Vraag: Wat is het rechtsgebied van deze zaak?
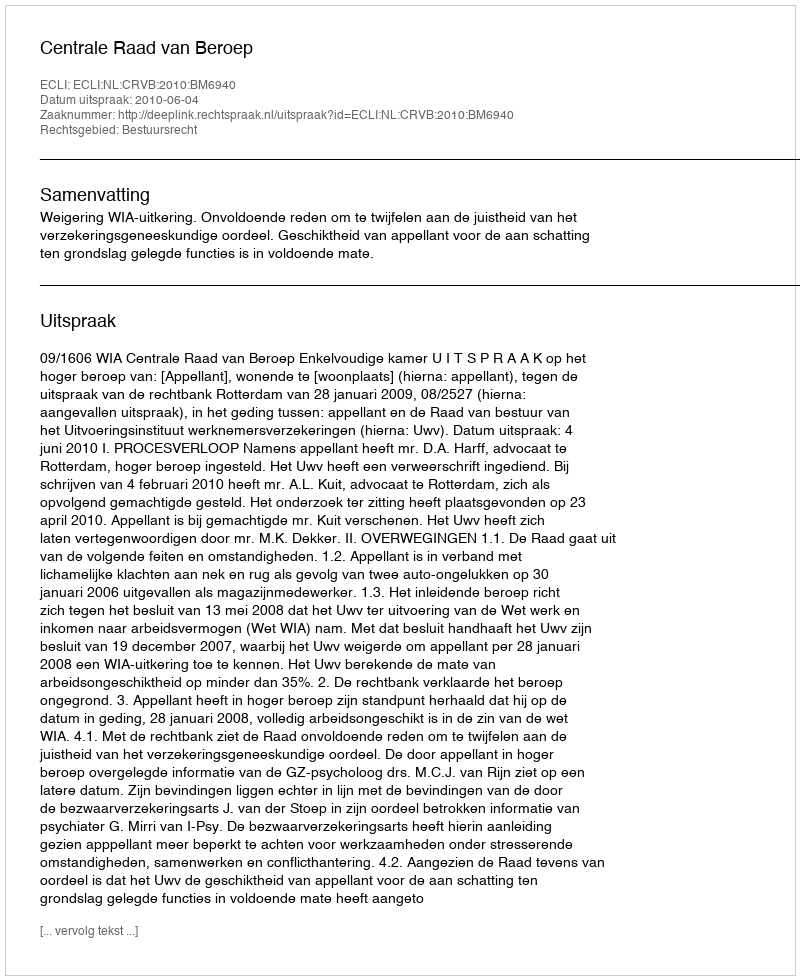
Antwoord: Bestuursrecht